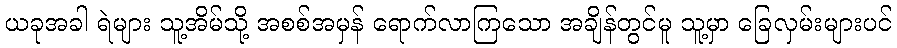
ယခုအခါ ရဲများ သူ့အိမ်သို့ အစစ်အမှန် ရောက်လာကြသော အချိန်တွင်မူ သူ့မှာ ခြေလှမ်းများပင်